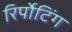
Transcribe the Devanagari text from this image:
रिर्पोटिंग